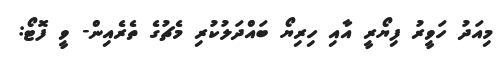
މިއަދު ހަވީރު ފިޔޯރީ އާއި ހިރިޔޯ ބައްދަލުކުރި މެޗުގެ ތެރެއިން- ވީ ފޮޓޯ: